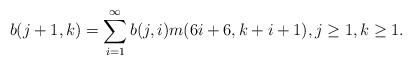
LaTeX: \begin{align*}b(j+1,k)=\sum_{i=1}^{\infty}b(j,i)m(6i+6,k+i+1),j\geq1, k\geq1.\end{align*}